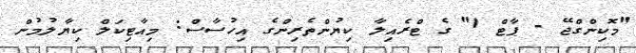
"މޮކިންގްޖޭ - ޕާޓް 1" ގެ ޓްރެއިލާ ކިޔުންތެރިންގެ އިހުސާސް: މިއާޓިކަލް ކިޔާލުމުން